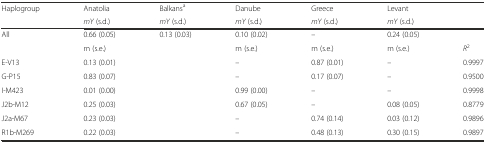
<table><thead><tr><td><b>Haplogroup</b></td><td><b>Anatolia</b></td><td><b>Balkans<sup>a</sup></b></td><td><b>Danube</b></td><td><b>Greece</b></td><td><b>Levant</b></td><td></td></tr><tr><td></td><td><b><i>mY</i> (s.d.)</b></td><td><b><i>mY</i> (s.d.)</b></td><td><b><i>mY</i> (s.d.)</b></td><td><b><i>mY</i> (s.d.)</b></td><td><b><i>mY</i> (s.d.)</b></td><td></td></tr></thead><tbody><tr><td>All</td><td>0.66 (0.05)</td><td>0.13 (0.03)</td><td>0.10 (0.02)</td><td>–</td><td>0.24 (0.05)</td><td></td></tr><tr><td></td><td>m (s.e.)</td><td></td><td>m (s.e.)</td><td>m (s.e.)</td><td>m (s.e.)</td><td><i>R</i><sup>2</sup></td></tr><tr><td>E-V13</td><td>0.13 (0.01)</td><td></td><td>–</td><td>0.87 (0.01)</td><td>–</td><td>0.9997</td></tr><tr><td>G-P15</td><td>0.83 (0.07)</td><td></td><td>–</td><td>0.17 (0.07)</td><td>–</td><td>0.9500</td></tr><tr><td>I-M423</td><td>0.01 (0.00)</td><td></td><td>0.99 (0.00)</td><td>–</td><td>–</td><td>0.9998</td></tr><tr><td>J2b-M12</td><td>0.25 (0.03)</td><td></td><td>0.67 (0.05)</td><td>–</td><td>0.08 (0.05)</td><td>0.8779</td></tr><tr><td>J2a-M67</td><td>0.23 (0.03)</td><td></td><td>–</td><td>0.74 (0.14)</td><td>0.03 (0.12)</td><td>0.9896</td></tr><tr><td>R1b-M269</td><td>0.22 (0.03)</td><td></td><td>–</td><td>0.48 (0.13)</td><td>0.30 (0.15)</td><td>0.9897</td></tr></tbody></table>